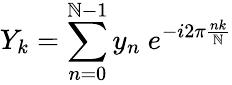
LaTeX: Y_{k}=\sum_{n=0}^{\mathbb{N}-1}y_{n}\ e^{-i2\pi{\frac{{nk}}{{\mathbb{N}}}}}